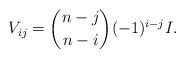
LaTeX: \begin{align*}V_{ij}={n-j \choose n-i}(-1)^{i-j}I.\end{align*}